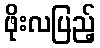
ဖိုးလပြည့်